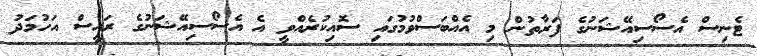
ޓެނިސް އެސޯސިއޭޝަނުގެ ފަރާތުން މި އެއްބަސްވުމުގައި ސޮއިކުރެއްވީ އެ އެސޯސިއޭޝަނުގެ ރައީސް އަހުމަދު